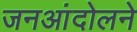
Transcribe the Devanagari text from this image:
जनआंदोलने